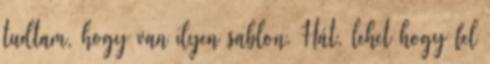
tudtam, hogy van ilyen sablon. Hát, lehet hogy fel